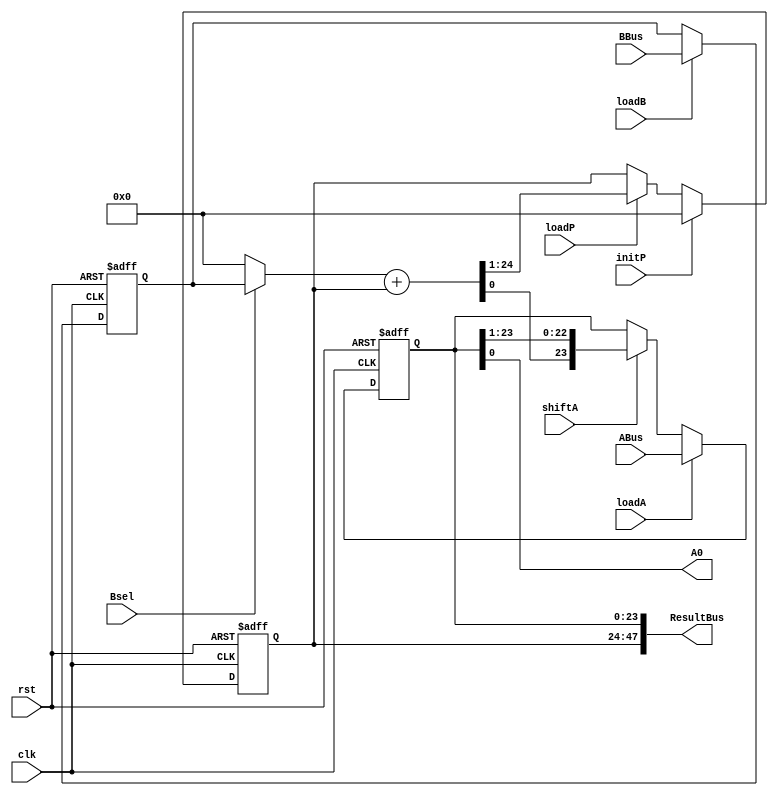
`timescale 1ns/1ns
module Mult24DP(input clk,rst,loadA,loadB,loadP,shiftA,initP,Bsel,input [23:0]ABus,BBus,output [47:0]ResultBus,output A0);
	reg [23:0]Areg,Breg,Preg;
	wire [23:0]B_and;
	wire [24:0]add_Bus;
	//Bregister
	always @(posedge clk,posedge rst) begin
		if(rst) Breg <= 24'b0;
		else if(loadB) Breg <= BBus;
	end
	//Pregister
	always @(posedge clk,posedge rst) begin
		if(rst) Preg <= 24'b0;
		else begin
			if(initP) Preg <= 24'b0;
			else if(loadP) Preg <= add_Bus [24:1];
		end
	end
	//Ashift-register
	always @(posedge clk,posedge rst) begin
		if(rst) Areg <= 24'b0;
		else begin
			if(loadA) Areg <= ABus;
			else if(shiftA) Areg <= {add_Bus[0],Areg[23:1]};
		end
	end
	
	assign B_and = Bsel ? Breg : 24'b0;
	assign add_Bus = B_and + Preg;
	assign ResultBus = {Preg,Areg};
	assign A0 = Areg[0];

endmodule

module Mult24CU(input clk,rst,start,A0,output reg loadA,shiftA,loadB,loadP,initP,Bsel,ready);
	wire Co;
	reg init_counter,inc_counter;
	reg [1:0] pstate,nstate;
	reg [4:0] count;
	parameter Idle = 0,Init = 1, Load = 2, Shift = 3;
	//Counter
	always @(pstate,start,A0,Co) begin
		nstate = 0;
		{loadA,shiftA,loadB,loadP,initP,Bsel,ready} = 7'b0;
		{init_counter,inc_counter} = 2'b0;
		case(pstate)
			Idle: begin nstate = start ? Init : Idle; ready = 1'b1; end
			Init: begin nstate = start ? Init : Load; init_counter = 1'b1;initP = 1'b1; end
			Load: begin nstate = Shift; loadA = 1'b1; loadB = 1'b1; end
			Shift: begin nstate = Co ? Idle : Shift; loadP = 1'b1; shiftA = 1'b1; inc_counter = 1'b1; Bsel = A0; end
		endcase
	end
	
	always @(posedge clk,posedge rst) begin
		if(rst) pstate <= Idle;
		else pstate <= nstate;
	end

	always @(posedge clk,posedge rst) begin
		if(rst) count <= 5'd0;
		else begin
			if(init_counter) count <= 5'd8;
			else if(inc_counter) count <= count + 1'd1;
		end
	end

	assign Co = & count;

endmodule


module Mult24Top(input clk,rst,start,input [23:0]A,B,output [47:0] ResultBus,output ready);
	wire A0;
	wire loadA,shiftA,loadB,loadP,initP,Bsel;
	//wire [47:0]ResultBus48bit;

	Mult24DP dp(clk,rst,loadA,loadB,loadP,shiftA,initP,Bsel,A,B,ResultBus,A0);
  	Mult24CU co(clk,rst,start,A0,loadA,shiftA,loadB,loadP,initP,Bsel,ready);

	//assign ResultBus = ResultBus48bit[47:24];
endmodule